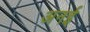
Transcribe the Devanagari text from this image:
अनई